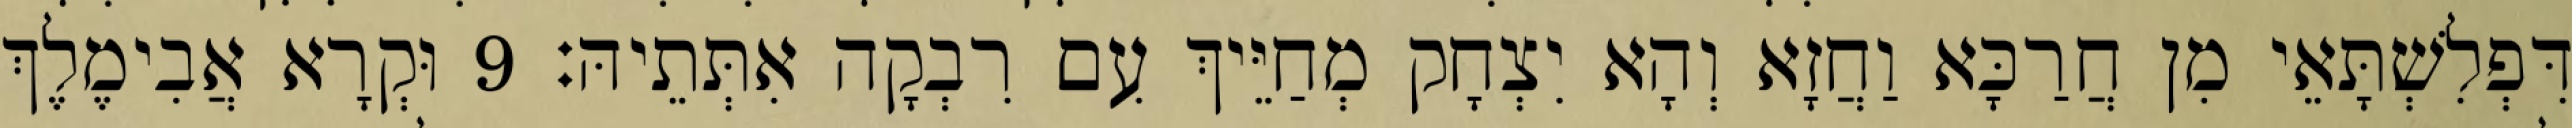
דִּפְלִשְׁתָּאֵי מִן חֲרַכָּא וַחֲזָא וְהָא יִצְחָק מְחַיֵּיךְ עִם רִבְקָה אִתְּתֵיהּ׃ 9 וּקְרָא אֲבִימֶלֶךְ